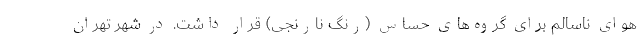
هوای ناسالم برای گروه‌های حساس (رنگ نارنجی) قرار داشت. در شهر تهران